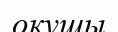
окушы